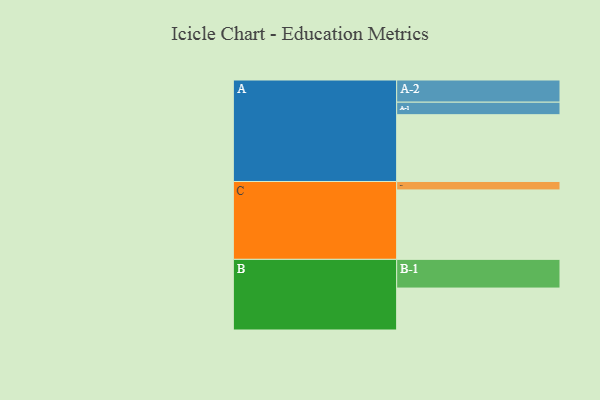
{"axis": {"x": "Segment", "y": "Value"}, "legend": ["", "A", "B", "C"], "data": [{"x": "A", "y": 554, "type": ""}, {"x": "B", "y": 348, "type": ""}, {"x": "C", "y": 576, "type": ""}, {"x": "A-1", "y": 104, "type": "A"}, {"x": "A-2", "y": 184, "type": "A"}, {"x": "B-1", "y": 238, "type": "B"}, {"x": "C-1", "y": 70, "type": "C"}]}